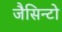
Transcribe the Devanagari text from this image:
जैसिन्टो